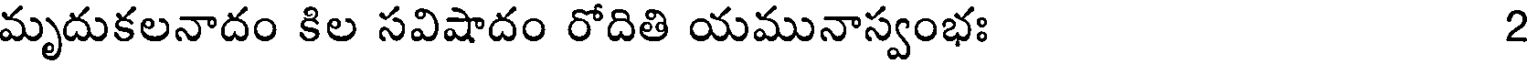
మృదుకలనాదం కిల సవిషాదం రోదితి యమునాస్వంభః 2